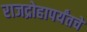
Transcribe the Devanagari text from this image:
राजद्रोहापर्यंतचे